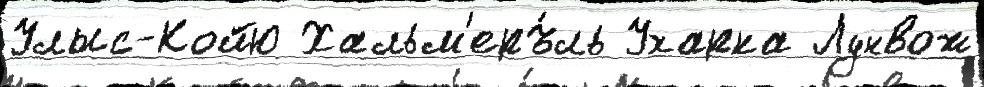
Улыс-Койю Хальм'еръ́ль Ухарка Лунвож